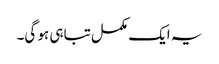
یہ ایک مکمل تباہی ہو گی۔